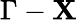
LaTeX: \Gamma-\mathbf{X}